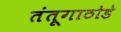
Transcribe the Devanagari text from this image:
तंतूगाठोडे